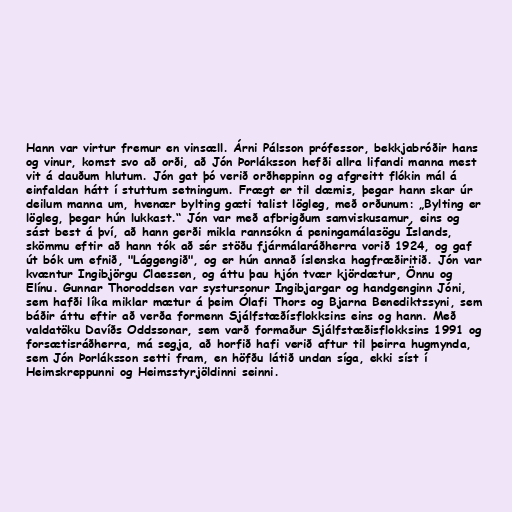
Hann var virtur fremur en vinsæll. Árni Pálsson prófessor, bekkjabróðir hans
og vinur, komst svo að orði, að Jón Þorláksson hefði allra lifandi manna mest
vit á dauðum hlutum. Jón gat þó verið orðheppinn og afgreitt flókin mál á
einfaldan hátt í stuttum setningum. Frægt er til dæmis, þegar hann skar úr
deilum manna um, hvenær bylting gæti talist lögleg, með orðunum: „Bylting er
lögleg, þegar hún lukkast.“ Jón var með afbrigðum samviskusamur, eins og
sást best á því, að hann gerði mikla rannsókn á peningamálasögu Íslands,
skömmu eftir að hann tók að sér stöðu fjármálaráðherra vorið 1924, og gaf
út bók um efnið, "Lággengið", og er hún annað íslenska hagfræðiritið. Jón var
kvæntur Ingibjörgu Claessen, og áttu þau hjón tvær kjördætur, Önnu og
Elínu. Gunnar Thoroddsen var systursonur Ingibjargar og handgenginn Jóni,
sem hafði líka miklar mætur á þeim Ólafi Thors og Bjarna Benediktssyni, sem
báðir áttu eftir að verða formenn Sjálfstæðísflokksins eins og hann. Með
valdatöku Davíðs Oddssonar, sem varð formaður Sjálfstæðisflokksins 1991 og
forsætisráðherra, má segja, að horfið hafi verið aftur til þeirra hugmynda,
sem Jón Þorláksson setti fram, en höfðu látið undan síga, ekki síst í
Heimskreppunni og Heimsstyrjöldinni seinni.